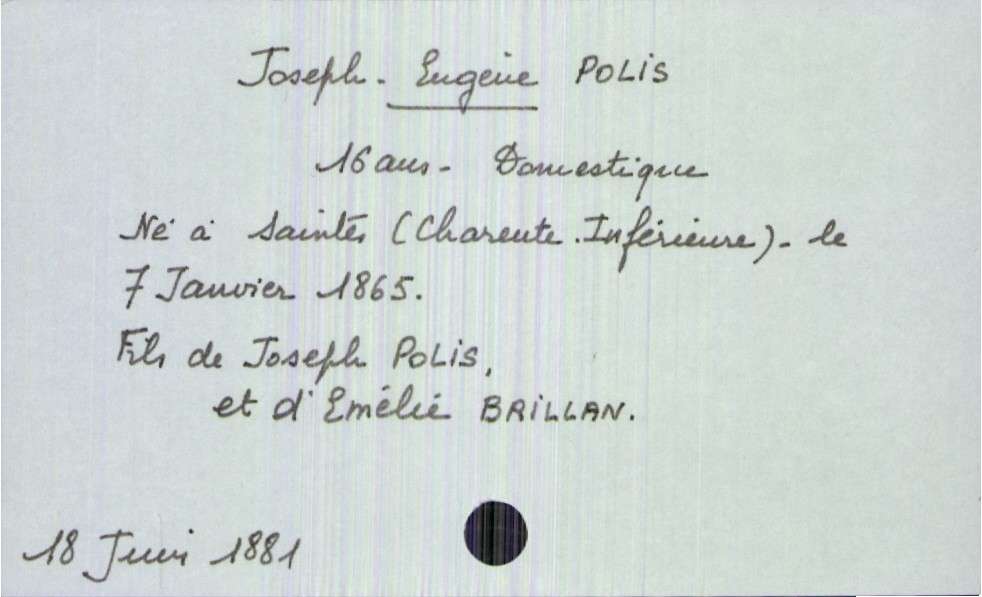
type_acte: Décès
année: 1881
mois: juin
jour: 18
défunt_nom: Polis
défunt_prénom: Joseph Eugène
défunt_sexe: H
défunt_âge: 16 ans
défunt_profession: domestique
défunt_date_de_naissance: 7 janvier 1865
défunt_lieu_de_naissance: Saintes (Charente-Inférieure)
père_défunt_nom: Polis
père_défunt_prénom: Joseph
mère_défunt_nom: Baillan
mère_défunt_prénom: Emélie